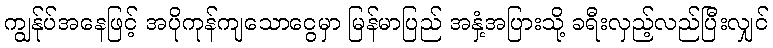
ကျွန်ုပ်အနေဖြင့် အပိုကုန်ကျသောငွေမှာ မြန်မာပြည် အနှံ့အပြားသို့ ခရီးလှည့်လည်ပြီးလျှင်